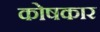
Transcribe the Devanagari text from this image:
काेषकार